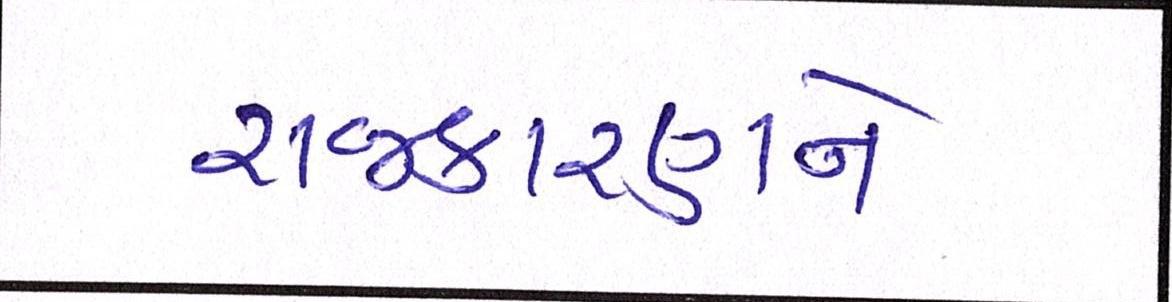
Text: રાજકારણને